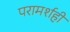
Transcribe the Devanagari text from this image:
परामर्शही